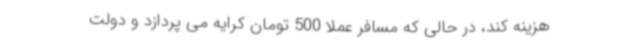
هزینه کند، در حالی که مسافر عملا 500 تومان کرایه می پردازد و دولت